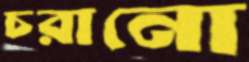
চরানো